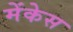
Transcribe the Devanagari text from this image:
मेंकेस